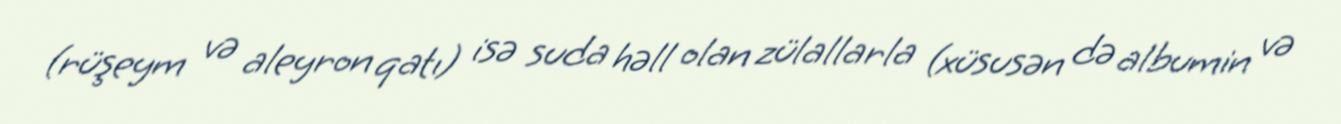
(rüşeym və aleyron qatı) isə suda həll olan zülallarla (xüsusən də albumin və